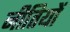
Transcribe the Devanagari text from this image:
नीतियों